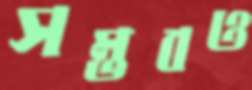
সম্ভবও